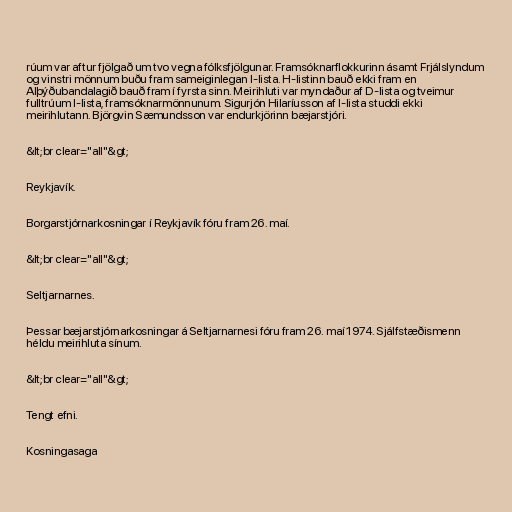
rúum var aftur fjölgað um tvo vegna fólksfjölgunar. Framsóknarflokkurinn ásamt Frjálslyndum
og vinstri mönnum buðu fram sameiginlegan I-lista. H-listinn bauð ekki fram en
Alþýðubandalagið bauð fram í fyrsta sinn. Meirihluti var myndaður af D-lista og tveimur
fulltrúum I-lista, framsóknarmönnunum. Sigurjón Hilaríusson af I-lista studdi ekki
meirihlutann. Björgvin Sæmundsson var endurkjörinn bæjarstjóri.

&lt;br clear="all"&gt;

Reykjavík.

Borgarstjórnarkosningar í Reykjavík fóru fram 26. maí.

&lt;br clear="all"&gt;

Seltjarnarnes.

Þessar bæjarstjórnarkosningar á Seltjarnarnesi fóru fram 26. maí 1974. Sjálfstæðismenn
héldu meirihluta sínum.

&lt;br clear="all"&gt;

Tengt efni.

Kosningasaga